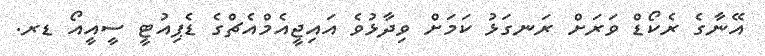
އޭނާގެ ރެކޯޑް ވަރަށް ރަނގަޅު ކަމަށް ވިދާޅުވެ އައިޖީއެމްއެޗްގެ ޑެޕިއުޓީ ސީއީއޯ ޑރ.